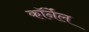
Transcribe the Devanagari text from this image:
कॉर्नेंल